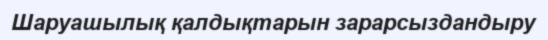
Шаруашылық қалдықтарын зарарсыздандыру